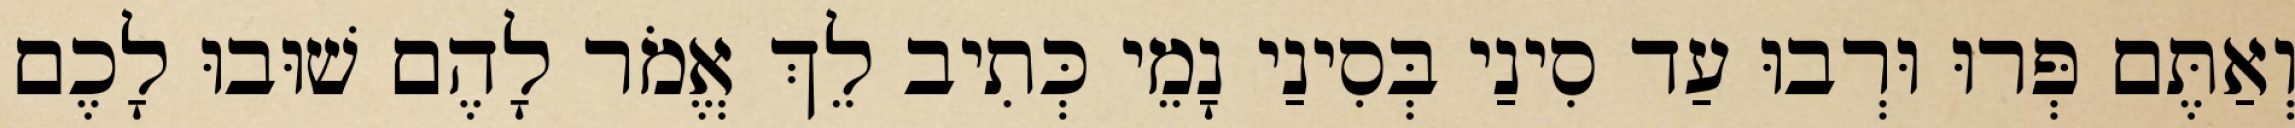
וְאַתֶּם פְּרוּ וּרְבוּ עַד סִינַי בְּסִינַי נָמֵי כְּתִיב לֵךְ אֱמֹר לָהֶם שׁוּבוּ לָכֶם